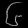
Digit: ၆